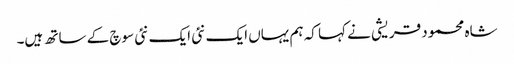
شاہ محمود قریشی نے کہا کہ ہم یہاں ایک نئی ایک نئی سوچ کے ساتھ ہیں۔